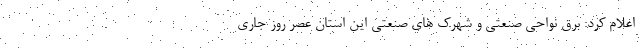
اعلام کرد: برق نواحی صنعتی و شهرک های صنعتی این استان عصر روز جاری